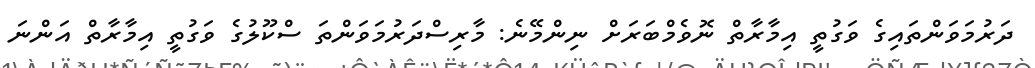
ދަރުމަވަންތައިގެ ވަގުތީ އިމާރާތް ނޮވެމްބަރަށް ނިންމޭނެ: މާރިސްދަރުމަވަންތަ ސްކޫލުގެ ވަގުތީ އިމާރާތް އަންނަ